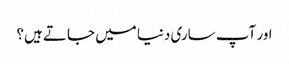
اور آپ ساری دنیا میں جاتے ہیں؟